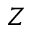
Z